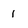
Character: 1